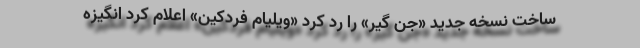
ساخت نسخه جدید «جن گیر» را رد کرد «ویلیام فردکین» اعلام کرد انگیزه